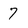
Character: 7